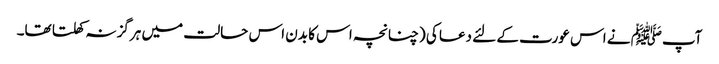
آپﷺ نے اس عورت کے لئے دعا کی (چنانچہ اس کا بدن اس حالت میں ہرگز نہ کھلتا تھا۔